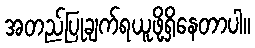
အတည်ပြုချက်ရယူဖို့ရှိနေတာပါ။